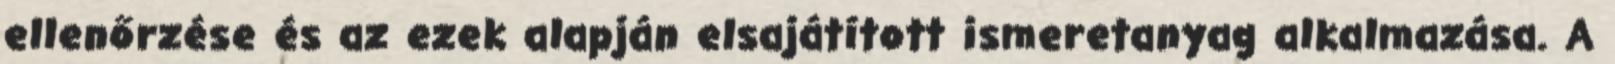
ellenőrzése és az ezek alapján elsajátított ismeretanyag alkalmazása. A